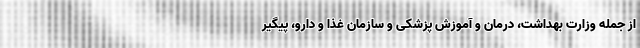
از جمله وزارت بهداشت، درمان و آموزش پزشکی و سازمان غذا و دارو، پیگیر